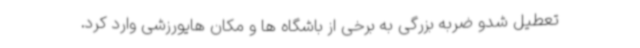
تعطیل شدو ضربه بزرگی به برخی از باشگاه ها و مکان هایورزشی وارد کرد.